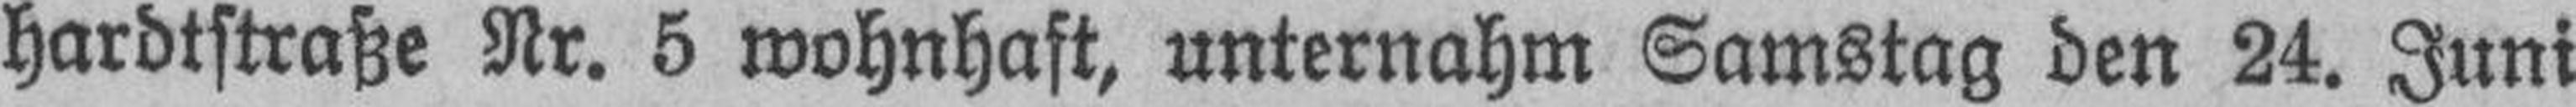
hardtstraße Nr. 5 wohnhaft, unternahm Samstag den 24. Juni